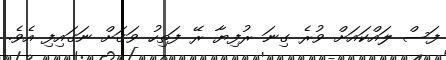
ފަސް ލައްކައަށް ވުރެ ގިނަ ރުފިޔާ ރޭ ފަތިހު ވަގަށް ނަގައިފި އެވެ.